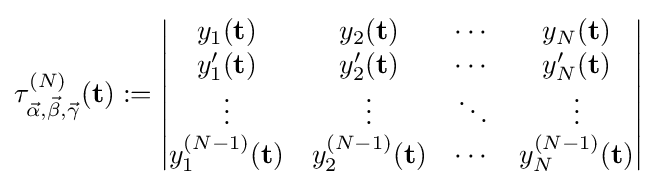
\tau _{{\vec {\alpha }},{\vec {\beta }},{\vec {\gamma }}}^{(N)}({\bf {t}}):={\begin{vmatrix}y_{1}({\bf {t}})&y_{2}({\bf {t}})&\cdots &y_{N}({\bf {t}})\\y_{1}'({\bf {t}})&y_{2}'({\bf {t}})&\cdots &y_{N}'({\bf {t}})\\\vdots &\vdots &\ddots &\vdots \\y_{1}^{(N-1)}({\bf {t}})&y_{2}^{(N-1)}({\bf {t}})&\cdots &y_{N}^{(N-1)}({\bf {t}})\\\end{vmatrix}}